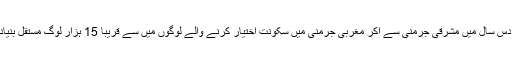
مغربی جرمنی کی حکومت کے مطابق دس سال میں مشرقی جرمنی سے آکر مغربی جرمنی میں سکونت اختیار کرنے والے لوگوں میں سے قریبا 15 ہزار لوگ مستقل بنیادوں پر واپس مغربی جرمنی چلے گئے ۔